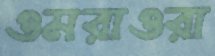
ওমরাওরা